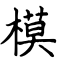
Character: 模